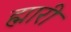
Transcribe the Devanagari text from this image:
ह्मारी